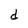
Character: d